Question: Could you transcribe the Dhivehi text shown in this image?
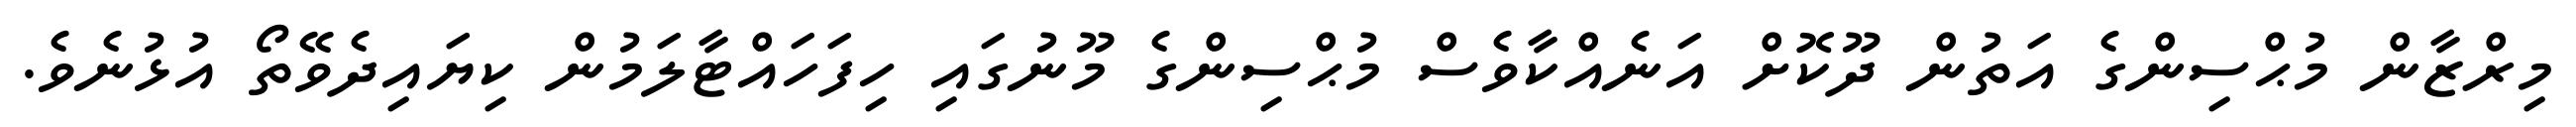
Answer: މިރްޒާން މުޙްސިންގެ އަތުން ދޫކޮށް އަނެއްކާވެސް މުޙްސިންގެ މޫނުގައި ހިފަހައްޓާލަމުން ކިޔައިދެވޭތޯ އުޅުނެވެ.